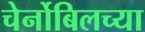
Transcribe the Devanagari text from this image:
चेर्नोबिलच्या